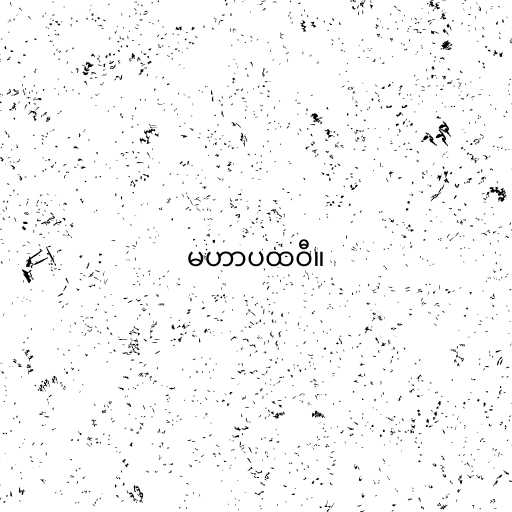
မဟာပထဝီ။